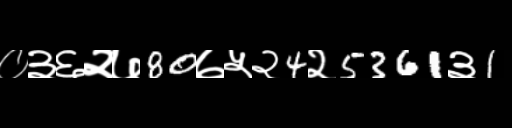
Text: ०३६२७80७५२4२5361३1